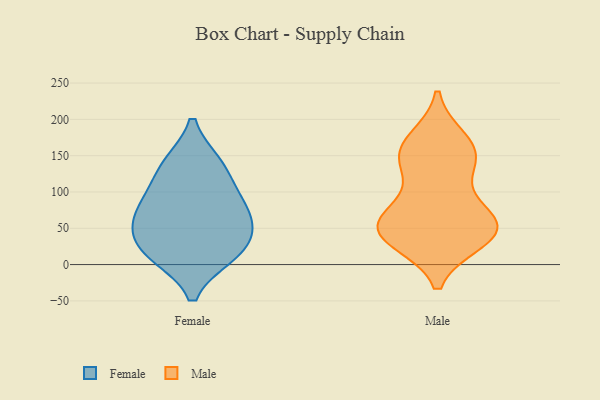
{"axis": {"x": "Temperature (°C)", "y": "Value"}, "legend": ["Female", "Male"], "data": [{"x": "", "y": 138, "type": "Female"}, {"x": "", "y": 50, "type": "Female"}, {"x": "", "y": 21, "type": "Female"}, {"x": "", "y": 61, "type": "Female"}, {"x": "", "y": 13, "type": "Female"}, {"x": "", "y": 14, "type": "Female"}, {"x": "", "y": 92, "type": "Female"}, {"x": "", "y": 60, "type": "Female"}, {"x": "", "y": 93, "type": "Female"}, {"x": "", "y": 138, "type": "Female"}, {"x": "", "y": 57, "type": "Male"}, {"x": "", "y": 171, "type": "Male"}, {"x": "", "y": 155, "type": "Male"}, {"x": "", "y": 47, "type": "Male"}, {"x": "", "y": 161, "type": "Male"}, {"x": "", "y": 61, "type": "Male"}, {"x": "", "y": 39, "type": "Male"}, {"x": "", "y": 34, "type": "Male"}, {"x": "", "y": 141, "type": "Male"}, {"x": "", "y": 134, "type": "Male"}, {"x": "", "y": 40, "type": "Male"}, {"x": "", "y": 78, "type": "Male"}, {"x": "", "y": 55, "type": "Male"}]}